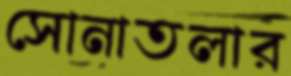
সোনাতলার